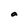
Character: a